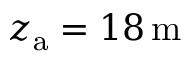
z _ { \mathrm { a } } = 1 8 \, \mathrm { m }